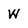
Character: w